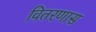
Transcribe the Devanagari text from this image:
वितरणास